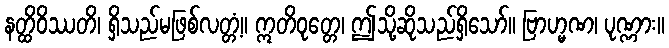
နတ္ထိဝိဿတိ၊ ရှိသည်မဖြစ်လတ္တံ့။ ဣတိဝုတ္တေ၊ ဤသို့ဆိုသည်ရှိသော်။ ဗြာဟ္မဏ၊ ပုဏ္ဏား။